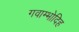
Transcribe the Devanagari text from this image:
गवाम्भोदिह